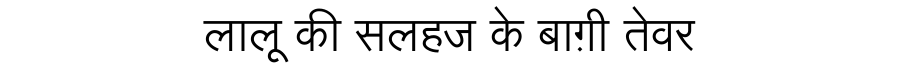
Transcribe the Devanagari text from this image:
लालू की सलहज के बाग़ी तेवर